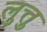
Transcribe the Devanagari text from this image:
लुत्तु